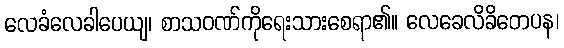
လေခံလေခါပေယျ၊ စာသဝဏ်ကိုရေးသားစေရာ၏။ လေခေလိခိတေပန၊